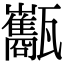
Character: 𤮰